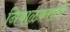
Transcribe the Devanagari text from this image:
निंबाळकरांनी